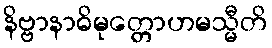
နိဗ္ဗာနာဓိမုတ္တောဟမသ္မီတိ